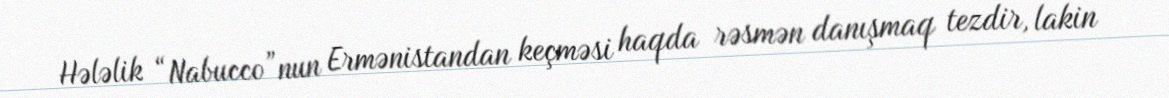
Hələlik “Nabucco”nun Ermənistandan keçməsi haqda rəsmən danışmaq tezdir, lakin